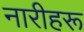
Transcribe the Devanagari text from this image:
नारीहरू